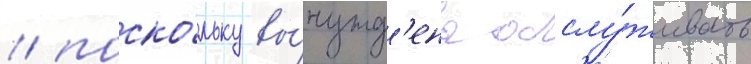
/ поско́льку вы́нужд'ены обслу́живать